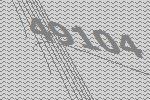
49104